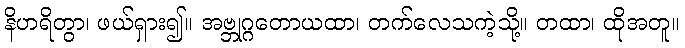
နိဟရိတွာ၊ ဖယ်ရှား၍။ အဗ္ဘုဂ္ဂတောယထာ၊ တက်လေသကဲ့သို့။ တထာ၊ ထိုအတူ။